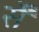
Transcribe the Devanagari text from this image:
र्सें